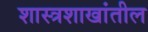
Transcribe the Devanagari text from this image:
शास्त्रशाखांतील